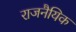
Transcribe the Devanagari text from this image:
राजनैयिक